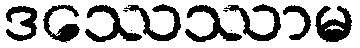
ဒဿေဿာမ